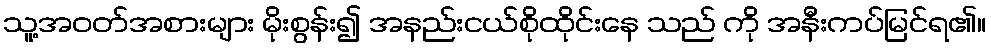
သူ့အဝတ်အစားများ မိုးစွန်း၍ အနည်းငယ်စိုထိုင်းနေ သည် ကို အနီးကပ်မြင်ရ၏။